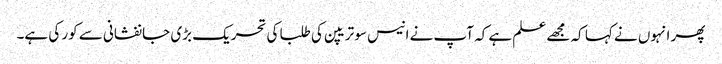
پھر انہوں نے کہا کہ مجھے علم ہے کہ آپ نے انیس سو تریپن کی طلبا کی تحریک بڑی جانفشانی سے کور کی ہے۔